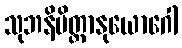
သုဘနိမိတ္တာနုယောဂေါ